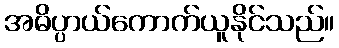
အဓိပ္ပာယ်ကောက်ယူနိုင်သည်။